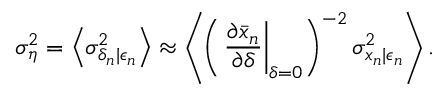
\sigma _ { \eta } ^ { 2 } = \left\langle \sigma _ { \delta _ { n } | \epsilon _ { n } } ^ { 2 } \right\rangle \approx \left\langle \left( \left. \frac { \partial \bar { x } _ { n } } { \partial \delta } \right| _ { \delta = 0 } \right) ^ { - 2 } \sigma _ { x _ { n } | \epsilon _ { n } } ^ { 2 } \right\rangle .